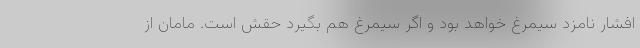
افشار نامزد سیمرغ خواهد بود و اگر سیمرغ هم بگیرد حقش است. مامان از